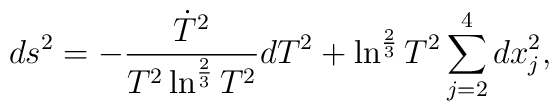
ds^2= -\frac{\dot{T}^2}{T^2\ln^{\frac{2}{3}}T^2}dT^2+\ln^{\frac{2}{3}}T^2\sum_{j=2}^4 dx_j^2 ,